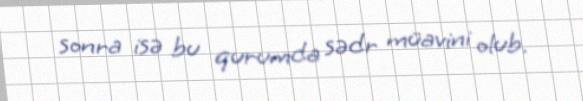
sonra isə bu qurumda sədr müavini olub.